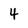
Character: 4